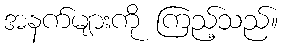
အနက်များကို ကြည့်သည်။